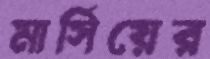
মার্সিয়ের